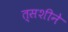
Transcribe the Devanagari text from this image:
त्सशीने